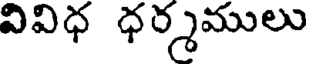
వివిధ ధర్మములు